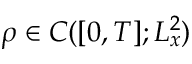
\rho \in C ( [ 0 , T ] ; L _ { x } ^ { 2 } )